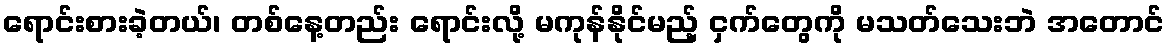
ရောင်းစားခဲ့တယ်၊ တစ်နေ့တည်း ရောင်းလို့ မကုန်နိုင်မည့် ငှက်တွေကို မသတ်သေးဘဲ အတောင်